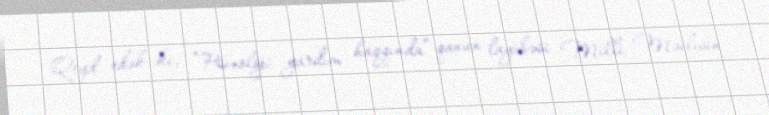
Qeyd edək ki, “Psixoloji yardım haqqında” qanun layihəsi Milli Məclisin